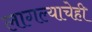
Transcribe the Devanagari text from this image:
लागल्याचेही